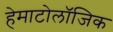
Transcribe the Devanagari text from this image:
हेमाटोलॉजिक